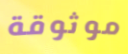
موثوقة